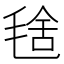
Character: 𣮞